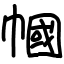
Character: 幗